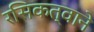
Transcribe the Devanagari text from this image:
रसिकत्वाने